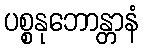
ပစ္စနုဘောန္တာနံ